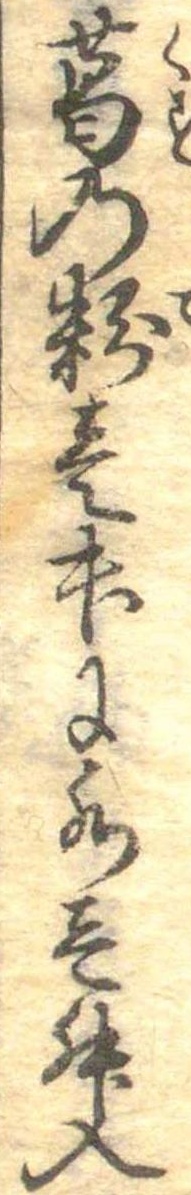
葛の粉壱升に水壱升入